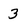
Character: 3